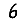
Digit: 6